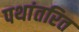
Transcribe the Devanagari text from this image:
पथांतरित